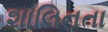
શાલિનતા